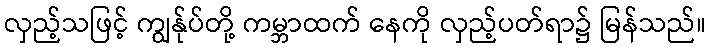
လှည့်သဖြင့် ကျွန်ုပ်တို့ ကမ္ဘာထက် နေကို လှည့်ပတ်ရာ၌ မြန်သည်။